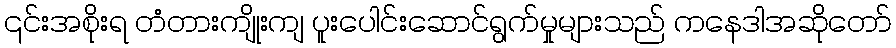
၎င်းအစိုးရ တံတားကျိုးကျ ပူးပေါင်းဆောင်ရွက်မှုများသည် ကနေဒါအဆိုတော်